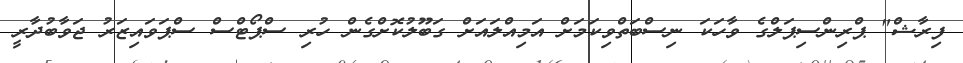
ފިރާޝް" ޕްރިންސިޕަލްގެ ވާހަކަ ނިސްބަތްވިކަމަށް އަމިއްލައަށް ގަބޫލުކޮށްގެން ހުރި ސްޕޯޓްސް ސްޕަވައިޒަރު ޖަވާބުދާރީ